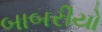
બાબરીયો